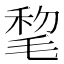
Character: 𣮋